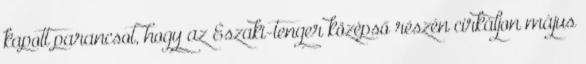
kapott parancsot, hogy az Északi-tenger középső részén cirkáljon május